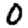
Digit: 0